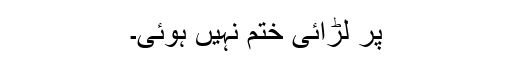
پر لڑائی ختم نہیں ہوئی۔